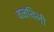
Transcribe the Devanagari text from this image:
वळविली